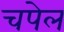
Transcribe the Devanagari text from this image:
चपेल